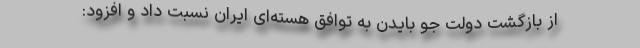
از بازگشت دولت جو بایدن به توافق هسته‌ای ایران نسبت داد و افزود: